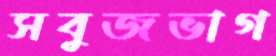
সবুজভাগ